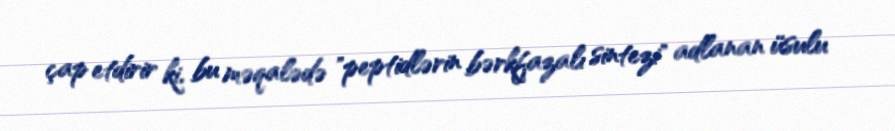
çap etdirir ki, bu məqalədə "peptidlərin bərkfazalı sintezi" adlanan üsulu